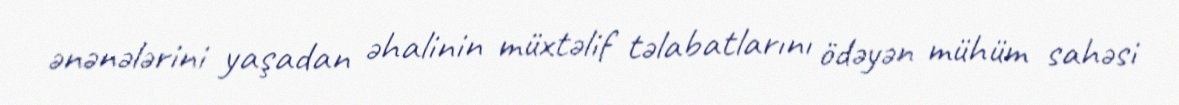
ənənələrini yaşadan əhalinin müxtəlif təlabatlarını ödəyən mühüm sahəsi